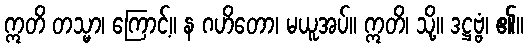
ဣတိ တသ္မာ၊ ကြောင့်။ န ဂဟိတော၊ မယူအပ်။ ဣတိ၊ သို့။ ဒဋ္ဌဗ္ဗံ၊ ၏။